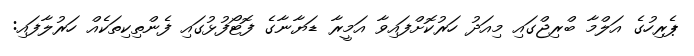
ޕެރިހުގެ އަލްމާ ބްރިޖްގައި މިއަދު ހަރުކޮށްފައިވާ އަމީރާ ޑަޔާނާގެ ފޮޓޯފުޅުގައި ފެންތިކިތަކެއް ހަރުލާފައި: